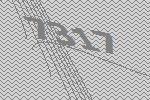
7317